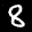
Label: 8